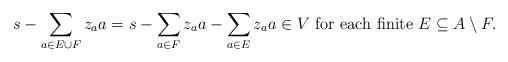
LaTeX: \begin{align*}s-\sum_{a\in E\cup F}z_aa=s-\sum_{a\in F}z_aa-\sum_{a\in E}z_aa\in V \mbox{ for each finite } E\subseteq A\setminus F.\end{align*}